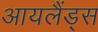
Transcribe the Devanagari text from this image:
आयलैंड्स